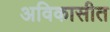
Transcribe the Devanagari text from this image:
अविकासीत